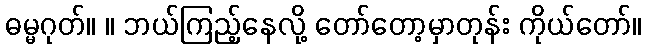
ဓမ္မဂုတ်။ ။ ဘယ်ကြည့်နေလို့ တော်တော့မှာတုန်း ကိုယ်တော်။